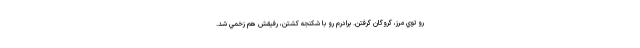
رو توي مرز، گروگان گرفتن. برادرم رو با شكنجه كشتن، رفيقش هم زخمي شد.